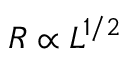
R \propto L ^ { 1 / 2 }